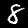
Digit: 8